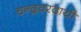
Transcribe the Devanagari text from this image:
चन्द्रवरदायी